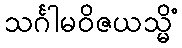
သင်္ဂါမဝိဇယသ္မိံ